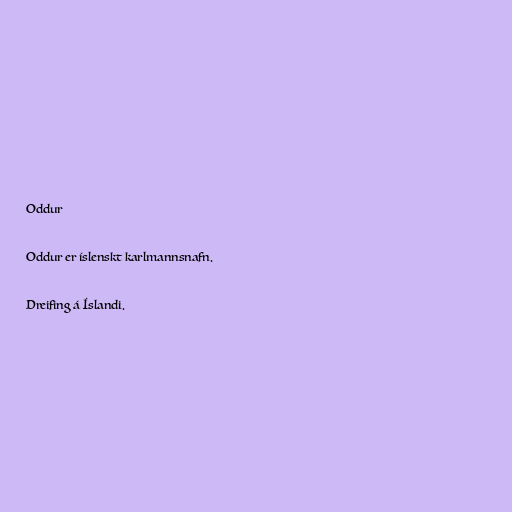
Oddur

Oddur er íslenskt karlmannsnafn.

Dreifing á Íslandi.